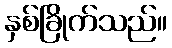
နှစ်ခြိုက်သည်။